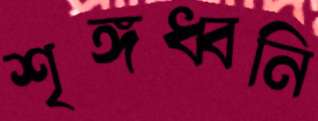
শৃঙ্গধ্বনি